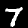
Digit: 7